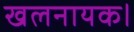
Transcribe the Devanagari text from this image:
खलनायक।